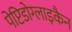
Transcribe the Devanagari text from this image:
पेप्टिडोग्लाइकैन